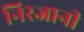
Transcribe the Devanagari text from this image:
निरजानी